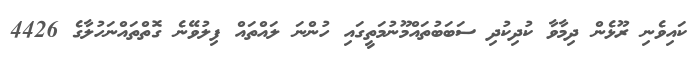
ކައިވެނި ރޫޅެން ދިމާވާ ކުދިކުދި ސަބަބުތައްމޫނުމަތީގައި ހުންނަ ލައްތައް ފިލުވޭނެ ގޮތްތައްނަހުލާގެ 4426